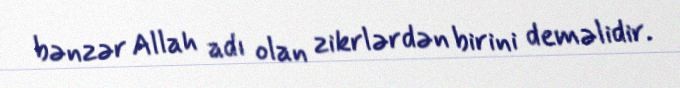
bənzər Allah adı olan zikrlərdən birini deməlidir.